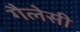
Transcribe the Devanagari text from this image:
गैलेसी